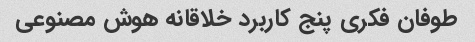
طوفان فکری پنج کاربرد خلاقانه هوش مصنوعی